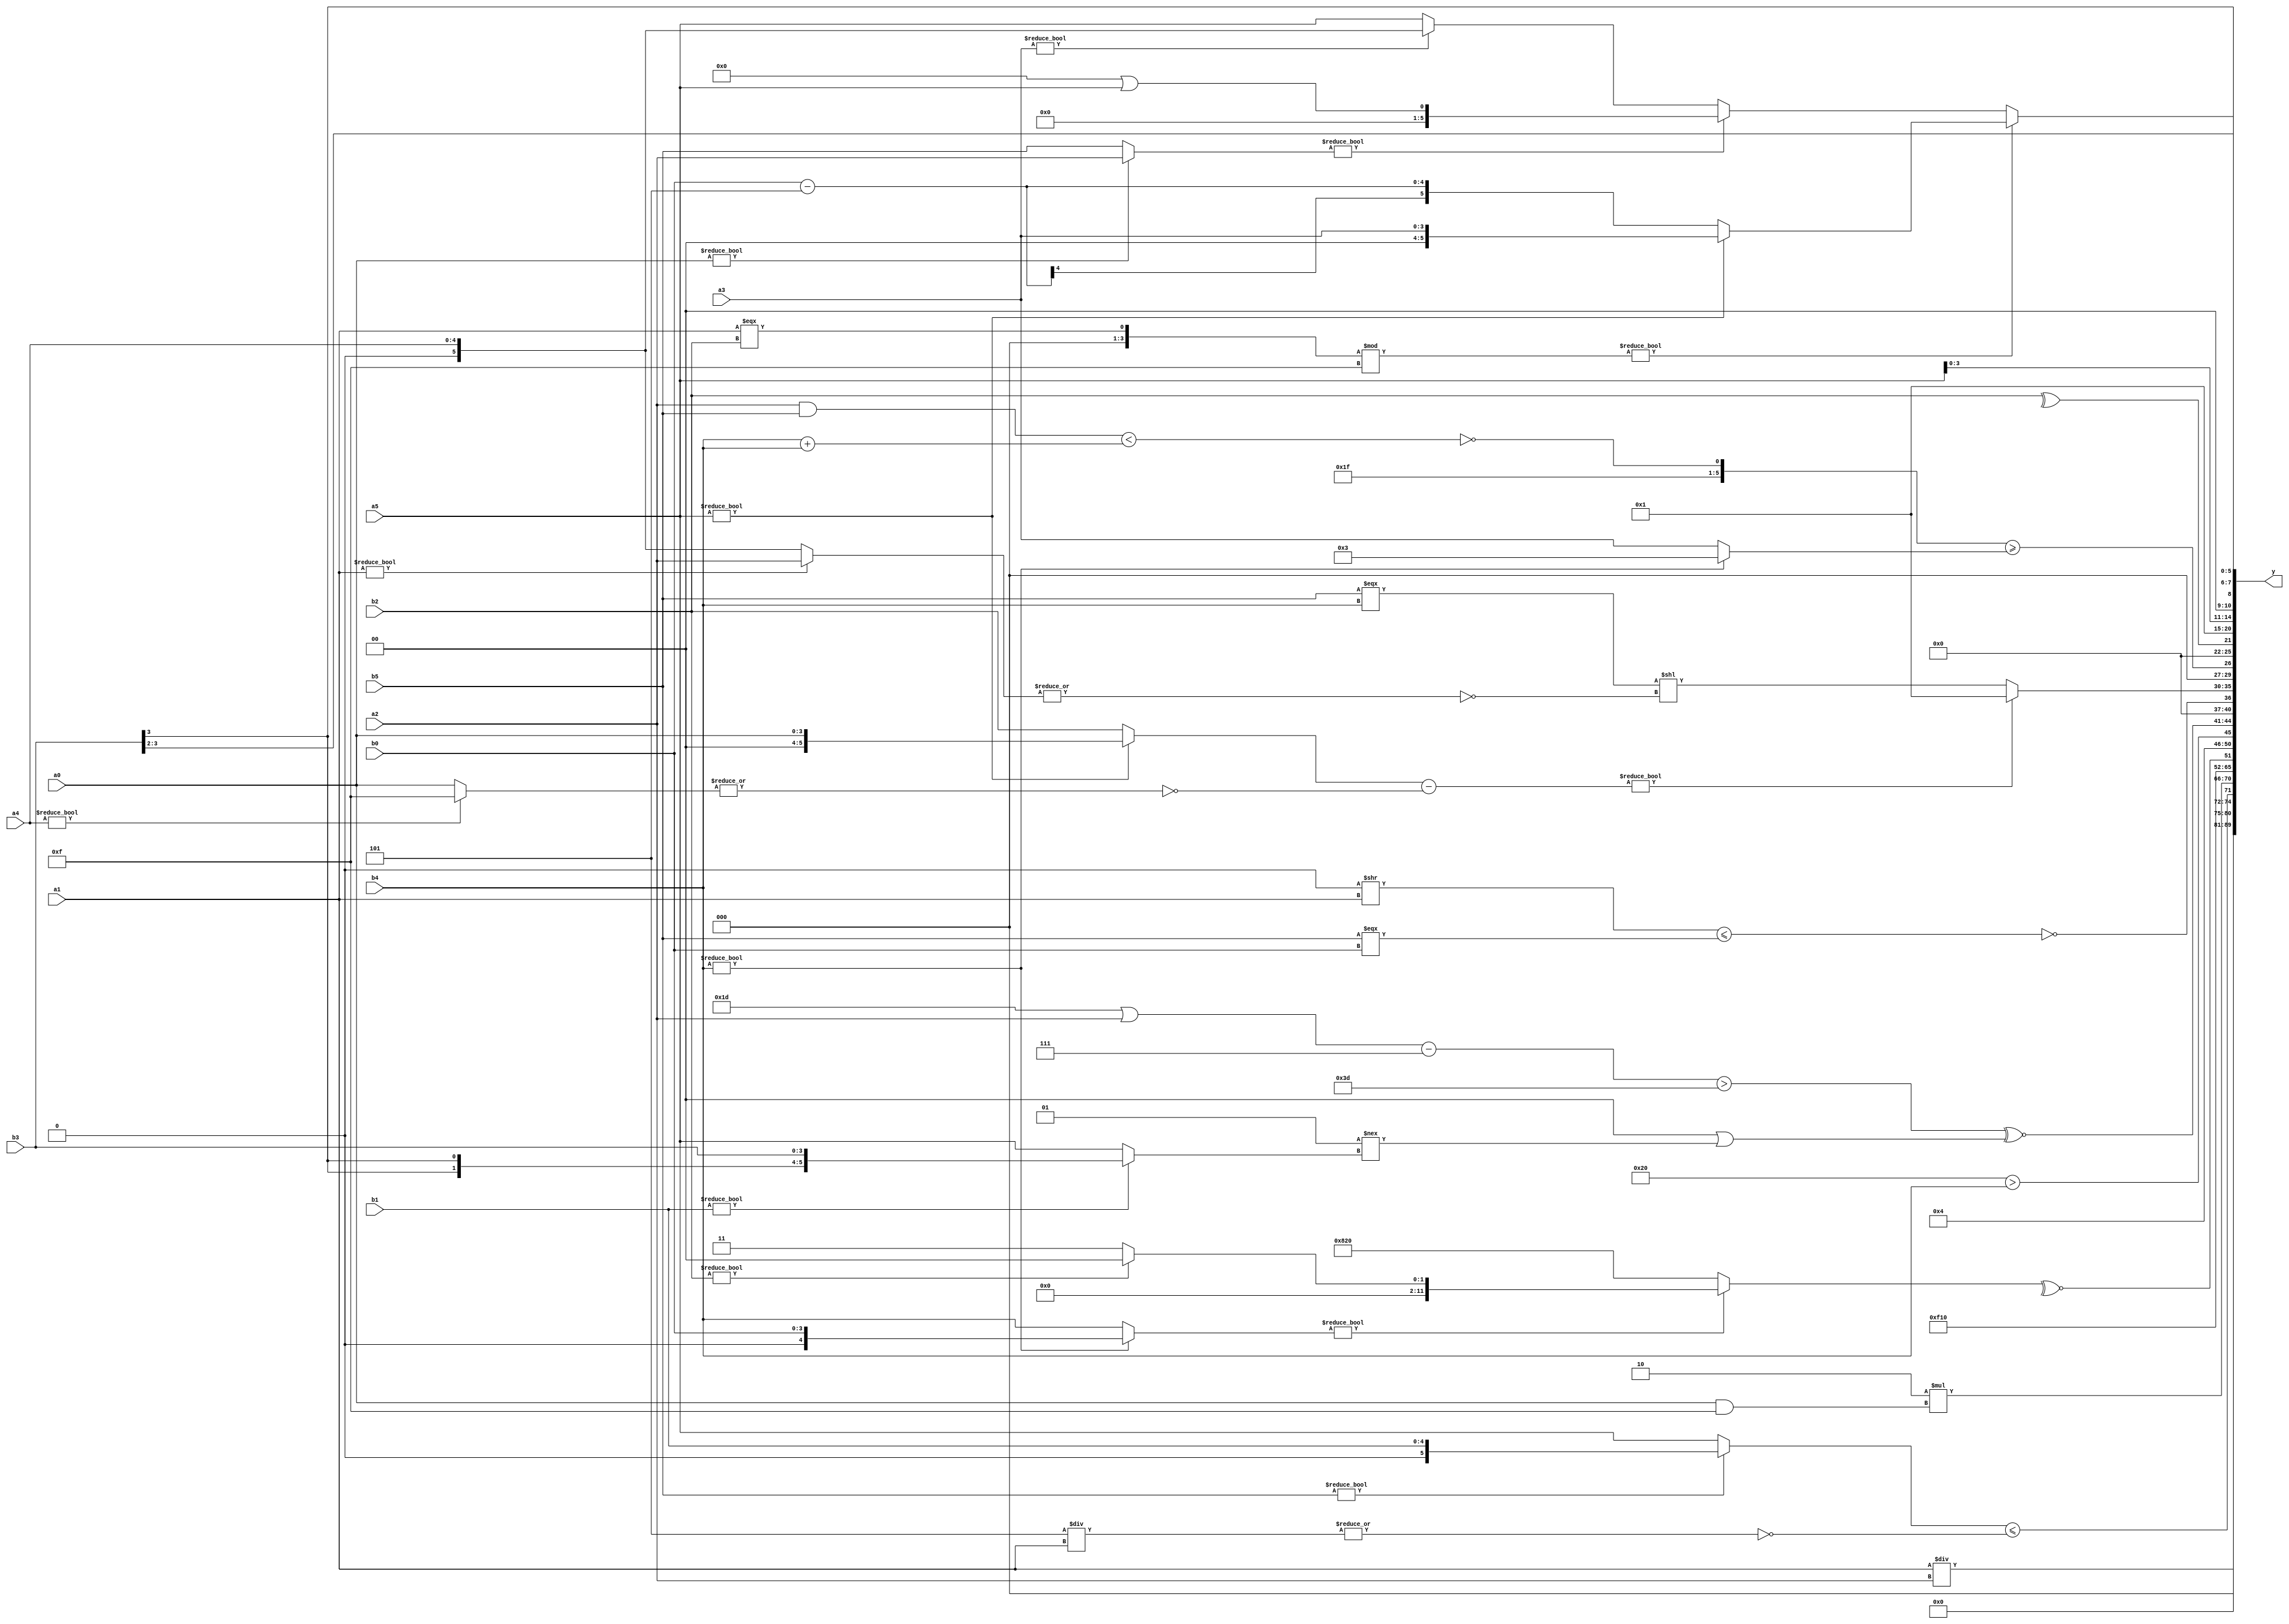
module expression_00501(a0, a1, a2, a3, a4, a5, b0, b1, b2, b3, b4, b5, y);
  input [3:0] a0;
  input [4:0] a1;
  input [5:0] a2;
  input signed [3:0] a3;
  input signed [4:0] a4;
  input signed [5:0] a5;

  input [3:0] b0;
  input [4:0] b1;
  input [5:0] b2;
  input signed [3:0] b3;
  input signed [4:0] b4;
  input signed [5:0] b5;

  wire [3:0] y0;
  wire [4:0] y1;
  wire [5:0] y2;
  wire signed [3:0] y3;
  wire signed [4:0] y4;
  wire signed [5:0] y5;
  wire [3:0] y6;
  wire [4:0] y7;
  wire [5:0] y8;
  wire signed [3:0] y9;
  wire signed [4:0] y10;
  wire signed [5:0] y11;
  wire [3:0] y12;
  wire [4:0] y13;
  wire [5:0] y14;
  wire signed [3:0] y15;
  wire signed [4:0] y16;
  wire signed [5:0] y17;

  output [89:0] y;
  assign y = {y0,y1,y2,y3,y4,y5,y6,y7,y8,y9,y10,y11,y12,y13,y14,y15,y16,y17};

  localparam [3:0] p0 = (5'd2);
  localparam [4:0] p1 = (3'd6);
  localparam [5:0] p2 = ((4'sd2)^~(5'd0));
  localparam signed [3:0] p3 = (2'd3);
  localparam signed [4:0] p4 = (-5'sd3);
  localparam signed [5:0] p5 = (2'd3);
  localparam [3:0] p6 = (4'sd4);
  localparam [4:0] p7 = {(4'd13),(5'd0),(4'sd6)};
  localparam [5:0] p8 = ((+(-3'sd2))?((-4'sd4)<<(-2'sd1)):(&(5'd3)));
  localparam signed [3:0] p9 = ((~|{4{(|(2'sd1))}})<(~|{1{(((3'd2)?(-5'sd6):(5'd11))>>>(&(2'd0)))}}));
  localparam signed [4:0] p10 = (-((|((2'd0)===(-4'sd4)))^{4{(3'd2)}}));
  localparam signed [5:0] p11 = ((2'sd1)<<<(2'd1));
  localparam [3:0] p12 = ((5'd20)|(5'd31));
  localparam [4:0] p13 = (4'd5);
  localparam [5:0] p14 = {1{(^(&((5'd8)^(-2'sd1))))}};
  localparam signed [3:0] p15 = (~(&((3'd7)?(-2'sd0):(5'sd7))));
  localparam signed [4:0] p16 = ((5'sd2)&(4'd1));
  localparam signed [5:0] p17 = ((4'd3)>>>(2'sd0));

  assign y0 = (+(6'd2 * (p1<p14)));
  assign y1 = (2'sd0);
  assign y2 = (a1/a2);
  assign y3 = ($unsigned((b5?b1:a5))<=(~|(p13/a1)));
  assign y4 = (6'd2 * (a0&p12));
  assign y5 = {4{(|p15)}};
  assign y6 = (~^((p16<<p2)>>>{3{p16}}));
  assign y7 = (&(~^((b4?b0:b4)?(b2?p9:p17):{2{p8}})));
  assign y8 = {(~&(4'd2 * (p8&a1))),{(^p12),{p6},(p8>b4)}};
  assign y9 = ((((p4|a2)-(p6-p2))>((2'd2)^(p0+p2)))^~((2'd0)||((4'sd1)!==(b1?b3:a5))));
  assign y10 = (~|{2{((p14>>a1)<=(&(b5===b0)))}});
  assign y11 = (((a5?a0:b2)-(~|(a4?p15:a0)))?(~&(|((!p11)?(~&b4):(a0!=a0)))):((b5===b4)<<(~|(a1?a2:a4))));
  assign y12 = ((((a2&b5)<(b4+b4))^~(-4'sd0))>=((-3'sd0)?(a4?a1:a3):(b4?p5:a3)));
  assign y13 = (^b2);
  assign y14 = ({4{(p0&&p1)}}>=((p16<<<p10)?(~^(p2>>>p16)):(p12?p10:p11)));
  assign y15 = $signed(a5);
  assign y16 = (b3>>p11);
  assign y17 = (((a1===b2)%p15)?(($unsigned(a5)?(p5?a3:b2):(b0-p13))):$unsigned(((a0?a2:b5)?(p14||a5):(a3?a4:a5))));
endmodule